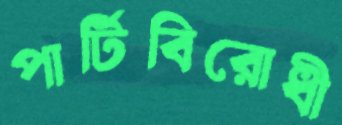
পার্টিবিরোধী